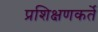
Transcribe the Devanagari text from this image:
प्रशिक्षणकर्ते